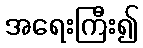
အရေးကြီး၍